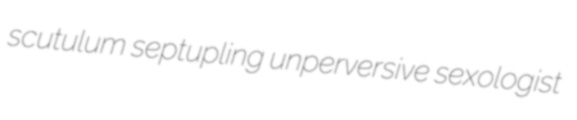
scutulum septupling unperversive sexologist